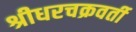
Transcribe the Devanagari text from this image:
श्रीधरचक्रवर्ती